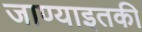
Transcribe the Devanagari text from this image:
जाण्याइतकी